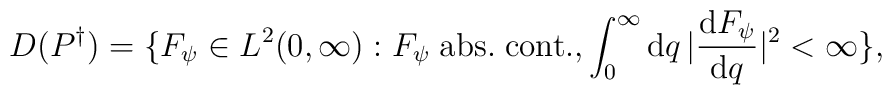
D(P^{\dagger})=\{ F_{\psi}\in L^2(0,\infty): F_{\psi}\; {\rm abs.}\; {\rm cont.}, \int_0^{\infty}{\rm d} q\,|{{\rm d} F_{\psi}\over {\rm d} q}|^2 <\infty\},